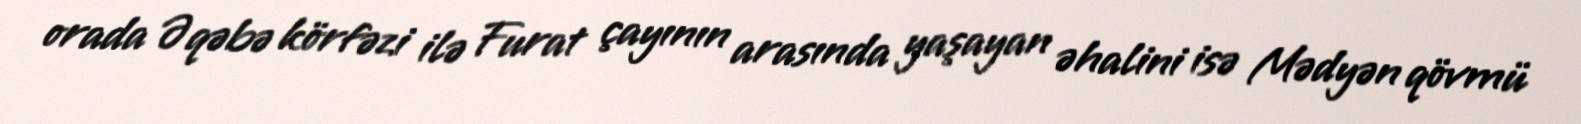
orada Əqəbə körfəzi ilə Furat çayının arasında yaşayan əhalini isə Mədyən qövmü